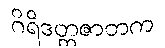
ဂိရိဒတ္တဇာတက